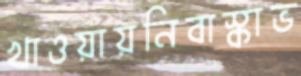
খাওয়ায়নিবাস্কাভ